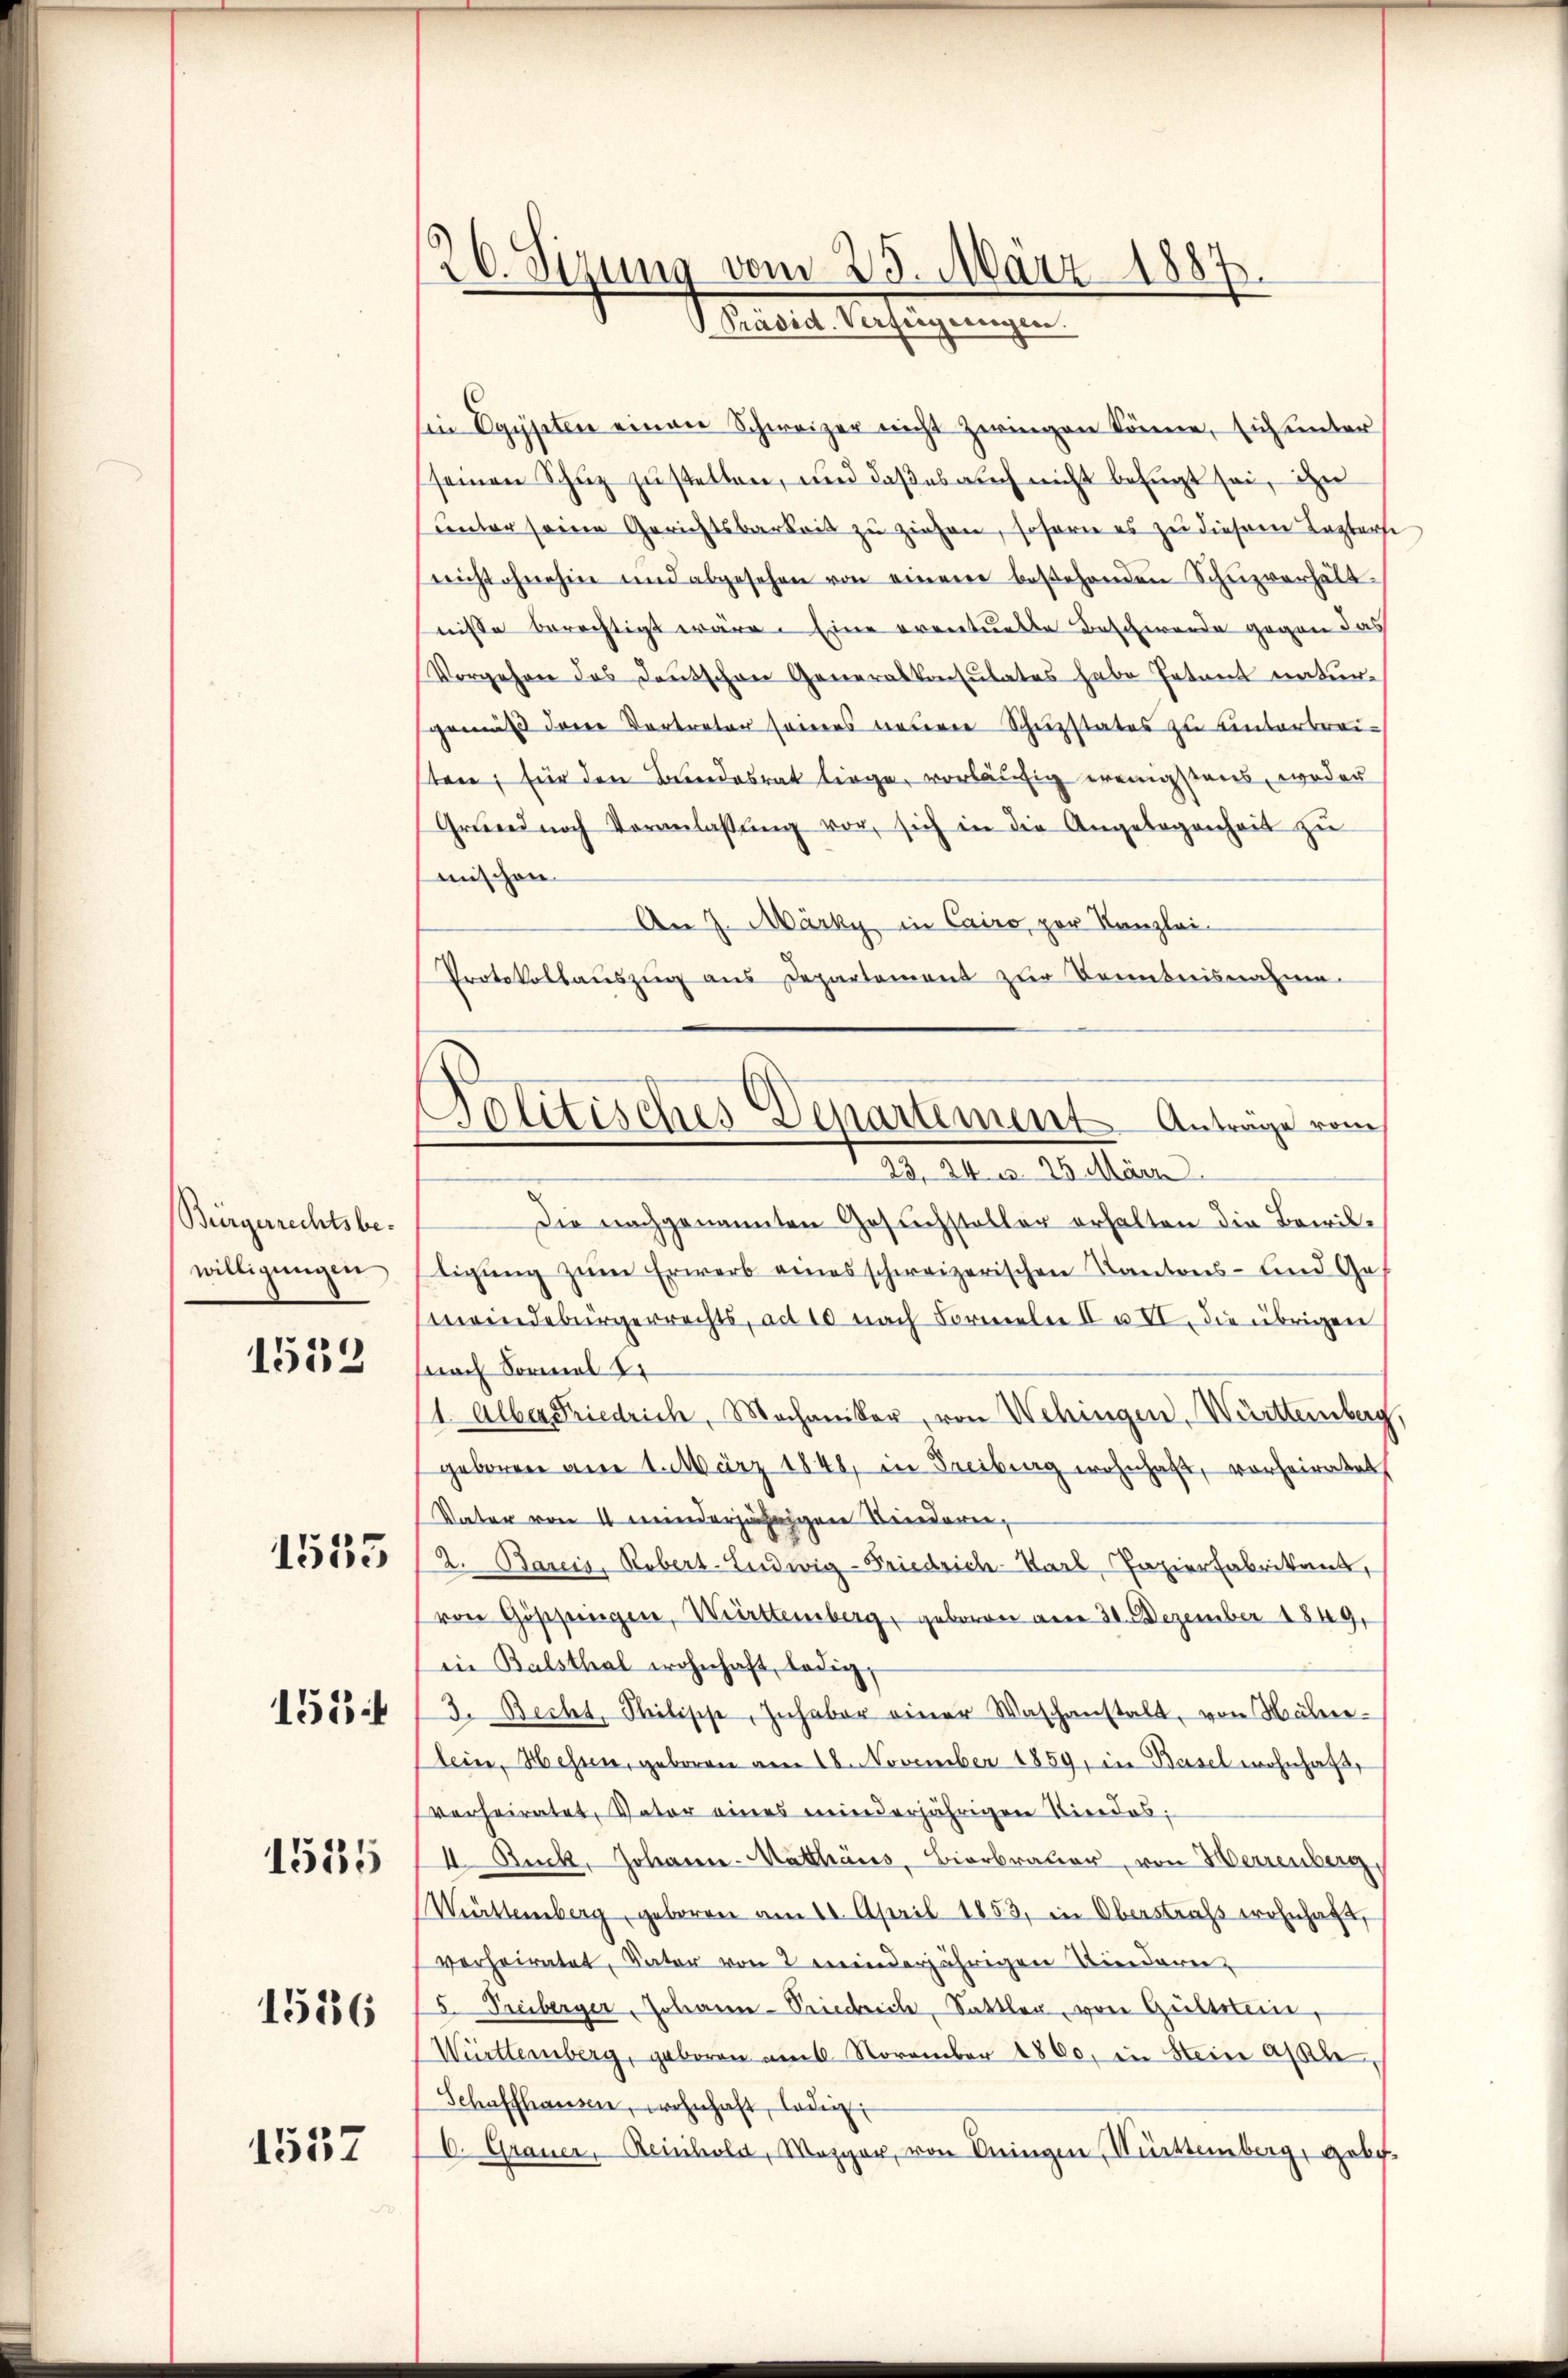
Bürgerrechtsbe-
willigungen

1532

1555

1554

1535

1536

1532

26. Sizung vom 25. März 1887.
Matile erfügungen

Politisches Departement Anträge vom

Ein Egypten einen Schweizer nicht zwingen könne, sich unter
seinen Schuz zustellen, und daß es auch nicht befugt sei, ihn
unter seine Gerichtsbarkeit zu ziehen, soforne es zu diesem Tagberse
nicht ohnehin und abgesehen von einem bestehenden Schŭzverhält-
nisse berechtigt wäre. Eine eventuelle Beschwerde gegen das
Vorgehen das Deutschen Generalkonsulates habe Petent natur-
gemäß dene Vertreter seines neuen Schuzstates zu unterbreisten; für den Bundesrat liege, vorläufig ereinigstens, weder
Grŭnd nach Veranlassŭng vor, sich in die Angebogenheit zŭ
mischen.
An 7. Märky, in Cairo per Kanzlei-
Protokollauszug aus Departement zur Kenntnisnahme.
23, 24 u. 26 März
Die nachgenannten Gesuchsteller erhalten die Bewil-
tigŭng zum Erwerb eines schweizerischen Kantons- und Ges
meindebürgerrechts, ad 10 nach Formeln II u. VI. die übrigen
nach Formal 17
1. Alber Friedrich, Mochaniker, von Wehingen, Württemberg
geboren am 1. März 1848, in Freiburg wohnhaft, vorheiratet
Vater von 4 minderjährigen Kinderen,
2. Bareis, Rebert-Ludwig-Friedrich-Karl Papierfabrikant,
von Göscheingen, Württemberg, geboren vom 30. Dezember 1849,
in Balsthal wohnhaft, ledig,
3. Becht, Milische, Inhaber einer Waschanstalt, von Mähre
lein, Hessen, geboren am 16. November 1859, in Basel wohnhaft,
verheiratet, Vater eines minderjährigen Vierdos,
I Ruck, Johann-Matthaus, Bierbrauer, von Herrenberg
Württemberg, geboren am 10. April 1853, in Oberstrafs wohnhaft,
verheiratet, Vater von 2 minderjährigen Niedern
5. Freiberger Johann-Friedrich, Sattler, von Gültstein,
Württemberg, geboren am 6. November 1800. in Stein alte,
Schaffhausen, wohnhaft, laden,
C. Grauer, Reinhold, Mezger, von Dingen Württemberg, gebot.